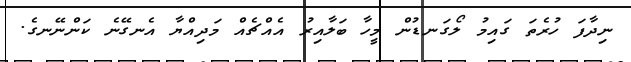
ނިދާފަ ހުރެތަ ގައިމު ލޯގަނޑުން މީހާ ބަލާއިރު އެއްޗެއް މަދިއްޔާ އެނގޭނެ ކަންނޭނގެ.